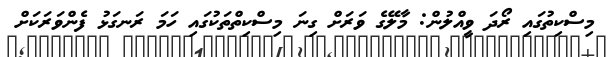
މިސްކިތުގައި ރޯދަ ވީއްލުން: މާލޭގެ ވަރަށް ގިނަ މިސްކިތްތަކުގައި ހަމަ ރަނގަޅު ފެންވަރަކަށް